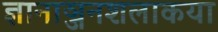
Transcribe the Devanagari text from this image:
ज्ञानाञ्जनशलाकया